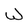
Character: W